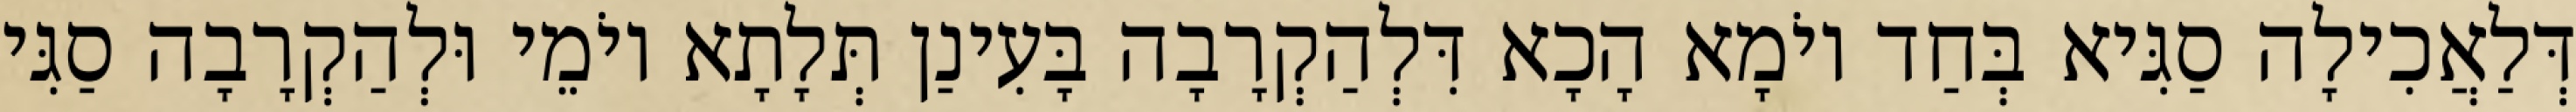
דְּלַאֲכִילָה סַגִּיא בְּחַד יוֹמָא הָכָא דִּלְהַקְרָבָה בָּעִינַן תְּלָתָא יוֹמֵי וּלְהַקְרָבָה סַגִּי